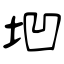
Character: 垇